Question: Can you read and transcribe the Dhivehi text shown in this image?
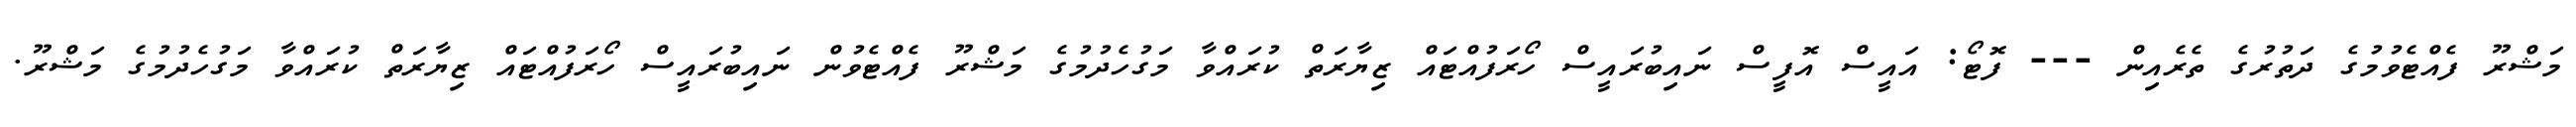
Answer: މަޝްރޫ ފެއްޓެވުމުގެ ދަތުރުގެ ތެރެއިން --- ފޮޓޯ: އައީސް އޮފީސް ނައިބުރައީސް ހޯރަފުއްޓައް ޒިޔާރަތް ކުރައްވާ މަގުހެދުމުގެ މަޝްރޫ ފެއްޓެވުން ނައިބުރައީސް ހޯރަފުއްޓައް ޒިޔާރަތް ކުރައްވާ މަގުހެދުމުގެ މަޝްރޫ.